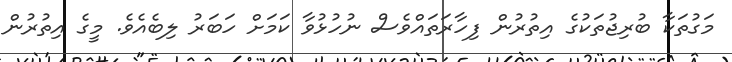
މަގުތަކާ ބުރިޖުތަކުގެ އިތުރުން ފިހާރަތައްވެސް ނުހުޅުވާ ކަމަށް ހަބަރު ލިބެއެވެ. މީގެ އިތުރުން